Lunatic asylums Bombay report 1891-1903 - 1891-1903
Year: 1891
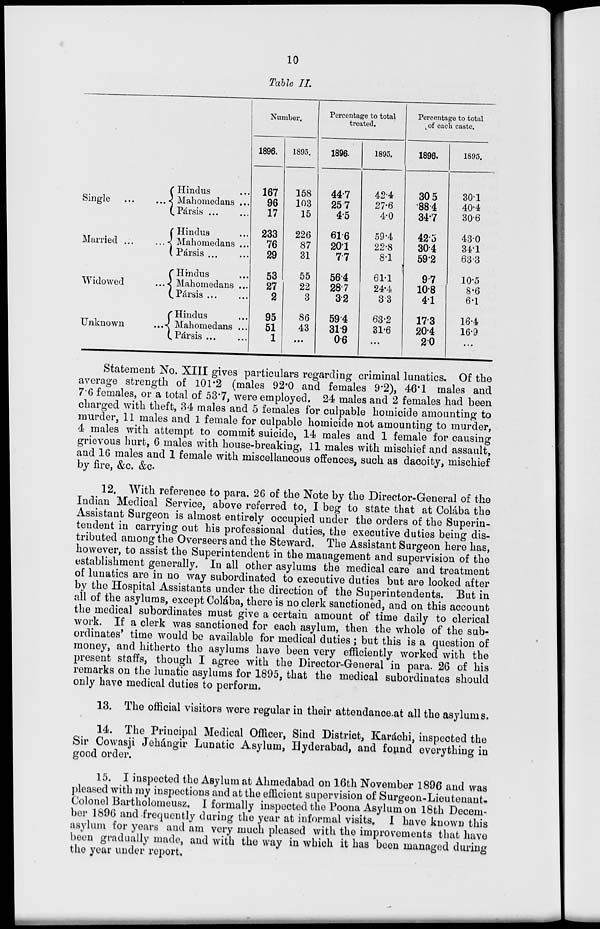
10
Table II.
Single
...
...
Married
...
...
Widowed
...
Unknown ...
Hindus ...
Mahomedans ...
Pársis
...
...
Hindus ...
Mahomedans ...
Pársis ... ...
Hindus ...
Mahomedans ...
Pársis
...
...
Hindus ...
Mahomedans ...
Pársis ... ...
Number.
1896.
167
96
17
233
76
29
53
27
2
95
51
1
1895.
158
103
15
226
87
31
55
22
3
86
43
...
Percentage to total
treated.
1896.
44.7
25.7
4.5
61.6
20.1
7.7
56.4
28.7
3.2
59.4
31.9
0.6
1895.
42.4
27.6
4.0
59.4
22.8
8.1
61.1
24.4
3.3
63.2
31.6
...
Percentage to total
of each caste.
1896.
30.5
88.4
34.7
42.3
30.4
59.2
9.7
10.8
4.1
17.3
20.4
2.0
1895.
30.1
40.4
30.6
43.0
34.1
63.3
10.5
8.6
6.1
16.4
16.9
...
Statement No. XIII gives particulars regarding criminal lunatics. Of the
average strength of 101.2 (males 92.0 and females 9.2), 46.1 males and
7.6 females, or a total of 53.7, were employed. 24 males and 2 females had been
charged with theft, 34 males and 5 females for culpable homicide amounting to
murder, 11 males and 1 female for culpable homicide not amounting to murder,
4 males with attempt to commit suicide, 14 males and 1 female for causing
grievous hurt, 6 males with house-breaking, 11 males with mischief and assault,
and 16 males and 1 female with miscellaneous offences, such as dacoity, mischief
by fire, &c. &c.
12. With reference to para. 26 of the Note by the Director-General of the
Indian Medical Service, above referred to, I beg to state that at Colába the
Assistant Surgeon is almost entirely occupied under the orders of the Superin-
tendent in carrying out his professional duties, the executive duties being dis-
tributed among the Overseers and the Steward. The Assistant Surgeon here has,
however, to assist the Superintendent in the management and supervision of the
establishment generally. In all other asylums the medical care and treatment
of lunatics are in no way subordinated to executive duties but are looked after
by the Hospital Assistants under the direction of the Superintendents. But in
all of the asylums, except Colába, there is no clerk sanctioned, and on this account
the medical subordinates must give a certain amount of time daily to clerical
work. If a clerk was sanctioned for each asylum, then the whole of the sub-
ordinates' time would be available for medical duties ; but this is a question of
money, and hitherto the asylums have been very efficiently worked with the
present staffs, though I agree with the Director-General in para. 26 of his
remarks on the lunatic asylums for 1895, that the medical subordinates should
only have medical duties to perform.
13. The official visitors were regular in their attendance at all the asylums.
14. The Principal Medical Officer, Sind District, Karáchi, inspected the
Sir Cowasji Jehángir Lunatic Asylum, Hyderabad, and found everything in
good order.
15. I inspected the Asylum at Ahmedabad on 16th November 1896 and was
pleased with my inspections and at the efficient supervision of Surgeon-Lieutenant
Colonel Bartholomeusz. I formally inspected the Poona Asylum on 18th Decem-
ber 1896 and frequently during the year at informal visits. I have known this
asylum for years and am very much pleased with the improvements that have
been gradually made, and with the way in which it has been managed during
the year under report.